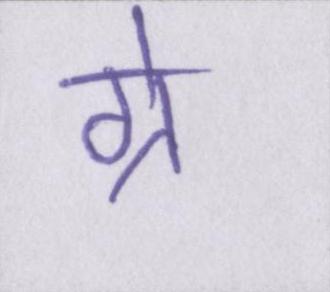
ग्रे